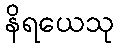
နိရယေသု